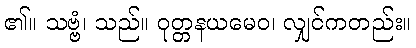
၏။ သဗ္ဗံ၊ သည်။ ဝုတ္တနယမေဝ၊ လျှင်ကတည်း။